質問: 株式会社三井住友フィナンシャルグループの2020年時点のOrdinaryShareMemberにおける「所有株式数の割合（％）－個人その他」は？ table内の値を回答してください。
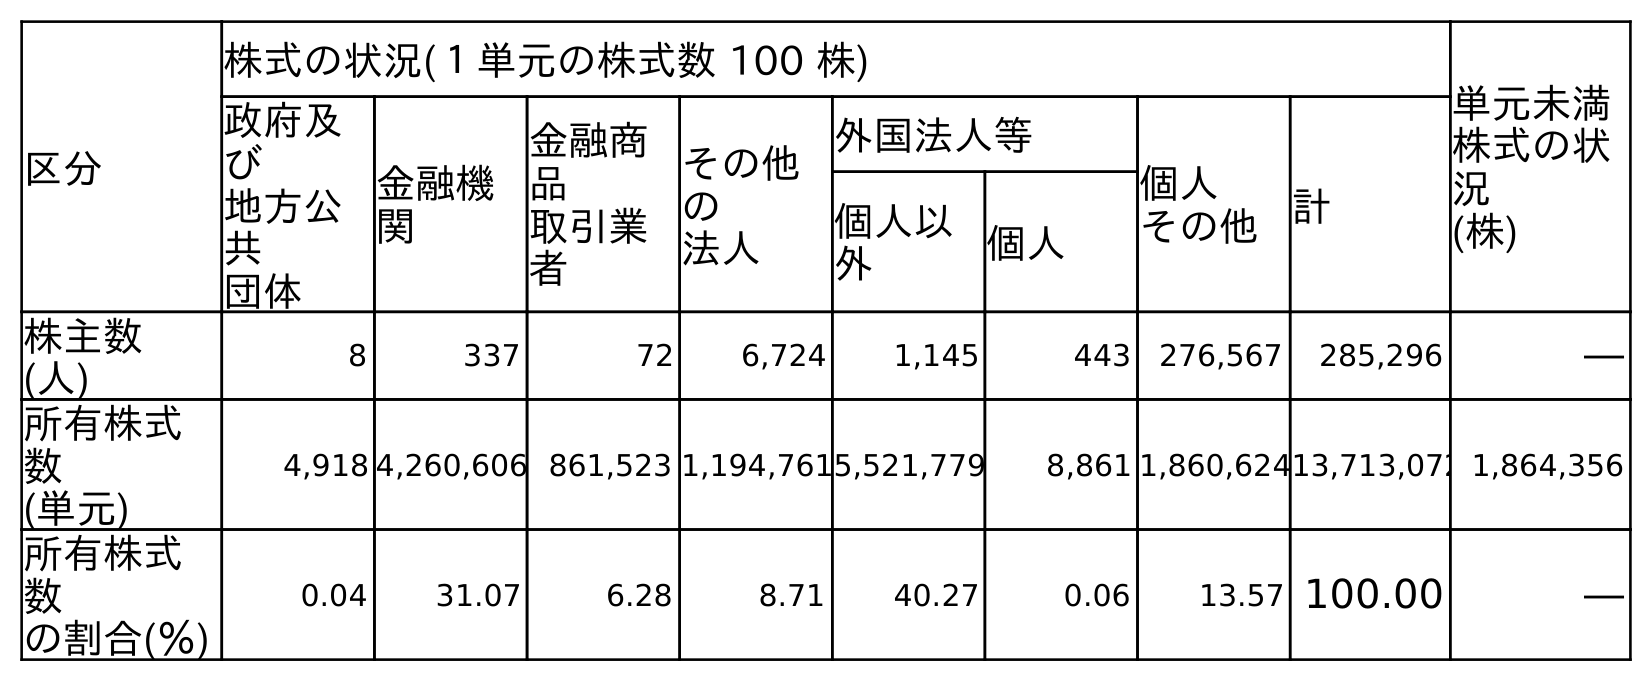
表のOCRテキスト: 区分 株式の状況(１単元の株式数 100 株) 単元未満 株式の状 況 (株) 政府及 び 地方公 共 団体 金融機 関 金融商 品 取引業 者 その他 の 法人 外国法人等 個人 その他 計 個人以 外 個人 株主数 (人) 8 337 72 6,724 1,145 443 276,567 285,296 ― 所有株式 数 (単元) 4,918 4,260,606 861,523 1,194,7615,521,779 8,861 1,860,62413,713,072 1,864,356 所有株式 数 の割合(％) 0.04 31.07 6.28 8.71 40.27 0.06 13.57 100.00 ―
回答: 13.57